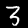
Label: 3